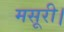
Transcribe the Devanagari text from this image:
मसूरी।